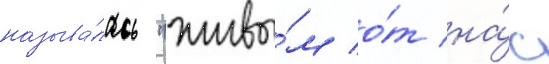
называ́лась "живы́м о́т на́с